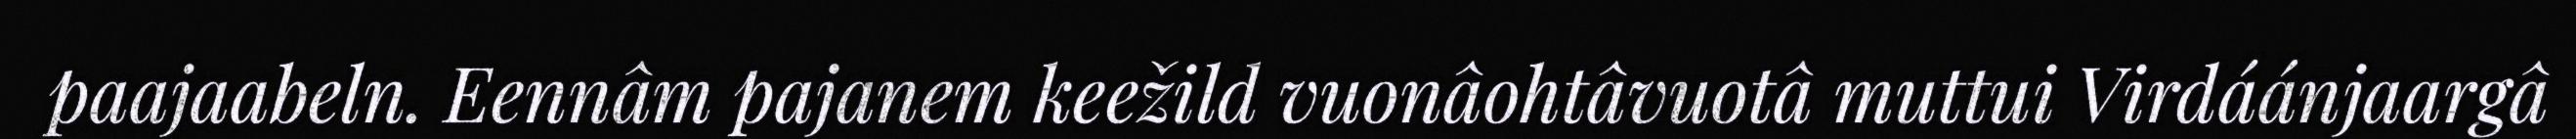
paajaabeln. Eennâm pajanem keežild vuonâohtâvuotâ muttui Virdáánjaargâ